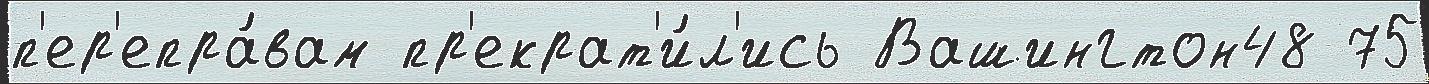
п'ер'епра́вам пр'екрат'и́л'ись Вашингтон48 75